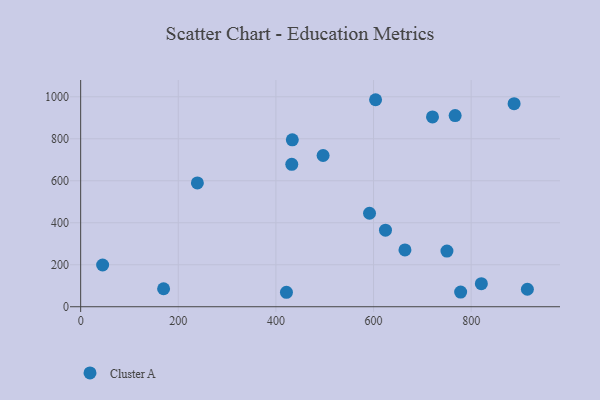
{"axis": {"x": "Distance", "y": "Sales"}, "legend": ["Cluster A"], "data": [{"x": "239.1", "y": 589.9, "type": "Cluster A"}, {"x": "421.6", "y": 68.9, "type": "Cluster A"}, {"x": "433.6", "y": 794.8, "type": "Cluster A"}, {"x": "888.0", "y": 967.3, "type": "Cluster A"}, {"x": "604.2", "y": 986.0, "type": "Cluster A"}, {"x": "778.5", "y": 69.9, "type": "Cluster A"}, {"x": "750.4", "y": 264.9, "type": "Cluster A"}, {"x": "591.8", "y": 445.4, "type": "Cluster A"}, {"x": "820.9", "y": 109.7, "type": "Cluster A"}, {"x": "45.0", "y": 198.8, "type": "Cluster A"}, {"x": "720.8", "y": 904.1, "type": "Cluster A"}, {"x": "767.2", "y": 910.5, "type": "Cluster A"}, {"x": "664.4", "y": 270.7, "type": "Cluster A"}, {"x": "432.5", "y": 678.1, "type": "Cluster A"}, {"x": "915.2", "y": 83.3, "type": "Cluster A"}, {"x": "496.7", "y": 720.3, "type": "Cluster A"}, {"x": "169.9", "y": 85.7, "type": "Cluster A"}, {"x": "624.5", "y": 364.8, "type": "Cluster A"}]}